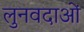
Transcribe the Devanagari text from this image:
लुनवदाओं